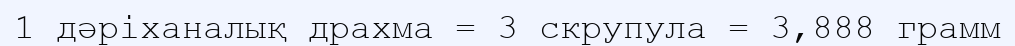
1 дәріханалық драхма = 3 скрупула = 3‚888 грамм